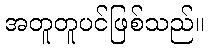
အတူတူပင်ဖြစ်သည်။